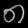
Digit: ၈